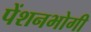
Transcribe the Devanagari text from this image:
पेंशनभोगी